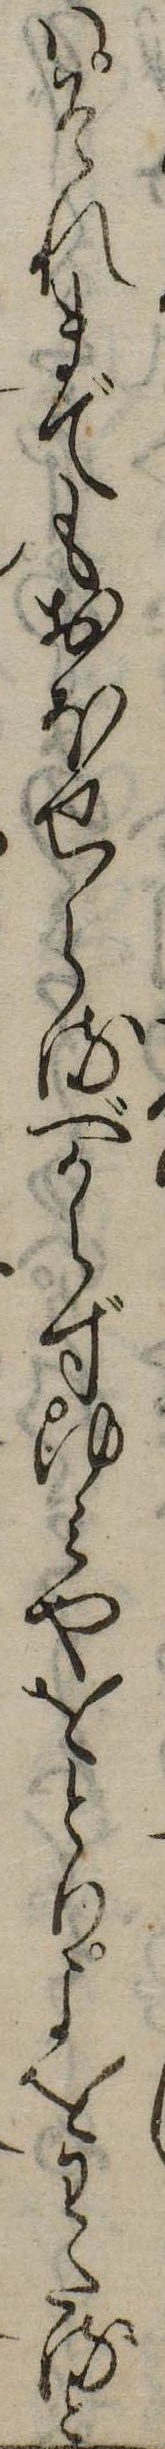
はそれまでもおほせらるべからずゆみやをとりよをわたると